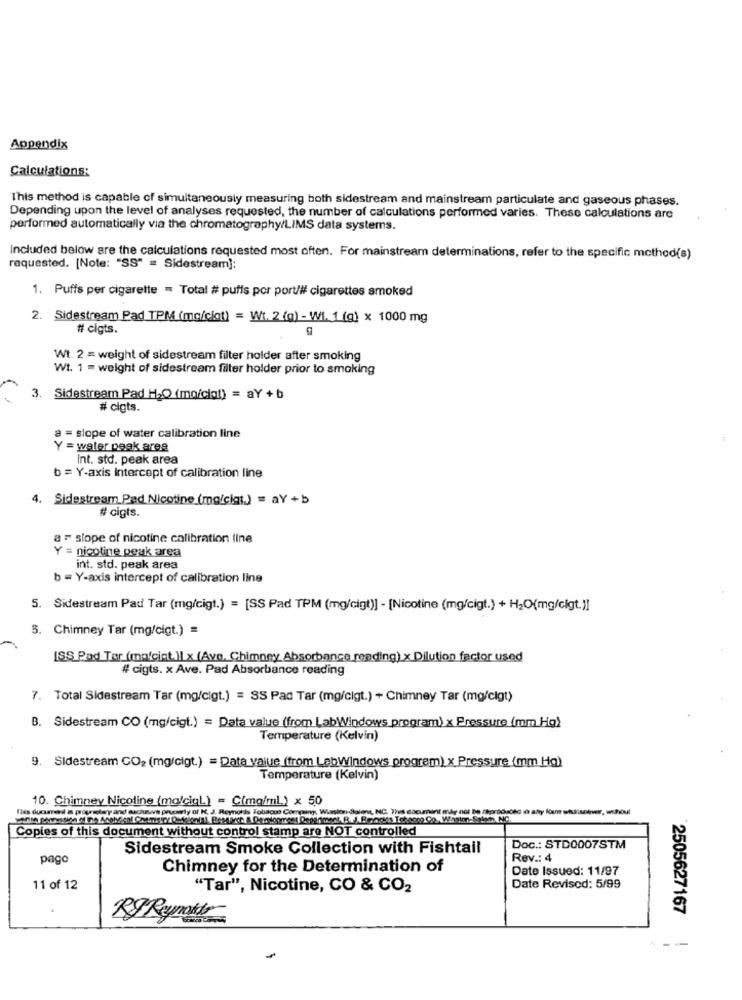
Appendix
Calculations:
This method is capable of simultaneously measuring both sidestream and mainstream particulate and gaseous phases.
Depending upon the level of analyses requested, the number of calculations performed varies. These calculations are
performed automatically via the chromatography/LIMS data systems.
Included below are the calculations requested most often. For mainstream determinations, refer to the specific method(s)
requested. [Note: "SS" = Sidestream]:
1. Puffs per cigarette = Total # puffs por port/# cigarettes smoked
2. Sidestream Pad TPM.(ma/ciat) = Wt. 2 (g) - W1. 1 (g) x 1000 mg
# cigts.
Wt. 2 = weight of sidestream filter holder after smoking
Wt. 1 = weight of sidestream filter holder prior to smoking
3. Sidestream Pad H2O (mo/cial) = aY +b
# cigts.
a = slope of water calibration line
Y = waler peak aree
nt. std. peak area
b = Y-axis intercept of calibration line
4. Sidestream Pad Nicotine (mg/cigt.) = aY +b
# cigts.
a = slope of nicotine calibration fine
Y = nicotine peak area
int. std. peak area
b = Y-axis intercept of calibration ling
5. Sidestream Pad Tar (mg/cigt.) = [SS Pad TPM (mg/cigt)] - [Nicotine (mg/cigt.) + H2O(mg/clgt.)]
5. Chimney Tar (mg/cigt.) =
ISS Pad Ter (malgint.)1 x (Ave. Chimney Absorbance reading) x Dilution factor used
# cigts. x Ave. Pad Absorbance reading
7. Total Sidestream Tar (mg/cigt.) = SS Pad Tar (mg/cigt.) + Chimney Tar (mg/clgt)
B. Sidestream CO (mg/cigt.) = Data value (from LabWindows program) x Pressure (mm Ho)
Temperature (Kelvin)
9. Sidestream CO2 (mg/cigt.) = Data_value (from LabWindows program) x Pressure (mm Hg)
Temperature (Kelvin)
10. Chimney Nicoline (malciqL) = C(mg/ml) x 50
Fiés ducaand i proprietary and sacheve prucagly of K. J. Reynolds Tobudou Comrang, Wiasion Solens, NC, This document may not be
Copies of this document without control stamp are NOT controlled
Sidestream Smoke Collection with Fishtail
Doc .: STD0007STM
pago
Rev .: 4
Chimney for the Determination of
Date Issued: 11/97
11 of 12
"Tar", Nicotine, CO & CO2
Date Revised: 5/99
2505627167